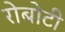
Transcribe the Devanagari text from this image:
रोबोटी